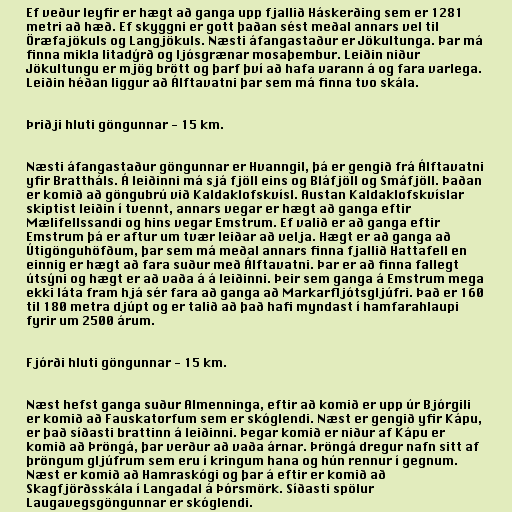
Ef veður leyfir er hægt að ganga upp fjallið Háskerðing sem er 1281
metri að hæð. Ef skyggni er gott þaðan sést meðal annars vel til
Öræfajökuls og Langjökuls. Næsti áfangastaður er Jökultunga. Þar má
finna mikla litadýrð og ljósgrænar mosaþembur. Leiðin niður
Jökultungu er mjög brött og þarf því að hafa varann á og fara varlega.
Leiðin héðan liggur að Álftavatni þar sem má finna tvo skála.

Þriðji hluti göngunnar - 15 km.

Næsti áfangastaður göngunnar er Hvanngil, þá er gengið frá Álftavatni
yfir Brattháls. Á leiðinni má sjá fjöll eins og Bláfjöll og Smáfjöll. Þaðan
er komið að göngubrú við Kaldaklofskvísl. Austan Kaldaklofskvíslar
skiptist leiðin í tvennt, annars vegar er hægt að ganga eftir
Mælifellssandi og hins vegar Emstrum. Ef valið er að ganga eftir
Emstrum þá er aftur um tvær leiðar að velja. Hægt er að ganga að
Útigönguhöfðum, þar sem má meðal annars finna fjallið Hattafell en
einnig er hægt að fara suður með Álftavatni. Þar er að finna fallegt
útsýni og hægt er að vaða á á leiðinni. Þeir sem ganga á Emstrum mega
ekki láta fram hjá sér fara að ganga að Markarfljótsgljúfri. Það er 160
til 180 metra djúpt og er talið að það hafi myndast í hamfarahlaupi
fyrir um 2500 árum.

Fjórði hluti göngunnar - 15 km.

Næst hefst ganga suður Almenninga, eftir að komið er upp úr Bjórgili
er komið að Fauskatorfum sem er skóglendi. Næst er gengið yfir Kápu,
er það síðasti brattinn á leiðinni. Þegar komið er niður af Kápu er
komið að Þröngá, þar verður að vaða árnar. Þröngá dregur nafn sitt af
þröngum gljúfrum sem eru í kringum hana og hún rennur í gegnum.
Næst er komið að Hamraskógi og þar á eftir er komið að
Skagfjörðsskála í Langadal á Þórsmörk. Síðasti spölur
Laugavegsgöngunnar er skóglendi.